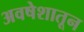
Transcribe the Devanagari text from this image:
अवषेशातून